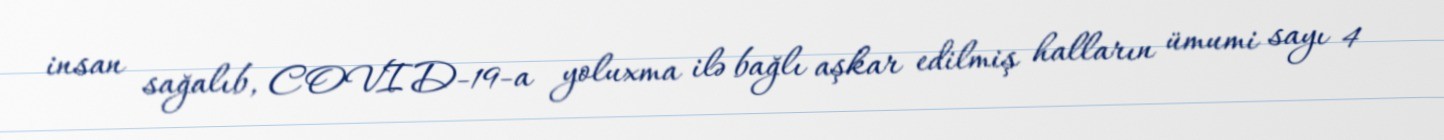
insan sağalıb, COVID-19-a yoluxma ilə bağlı aşkar edilmiş halların ümumi sayı 4